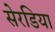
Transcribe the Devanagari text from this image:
सेरडिया